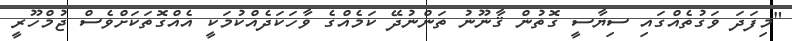
"މިފަދަ ވަގުތެއްގައި ސިޔާސީ ގޮތުން ޤާނޫނު ތަންނުދޭ ކަމެއްގެ ވާހަކަދެއްކުމަކީ އެއްގޮތަކަށްވެސް ޖުމްހޫރީ